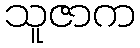
သူဇာက